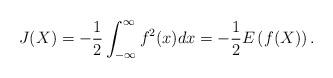
LaTeX: \begin{align*}J(X)=-\frac{1}{2} \int_{-\infty}^{\infty}f^2(x)dx=-\frac{1}{2}E\left(f(X)\right).\end{align*}